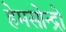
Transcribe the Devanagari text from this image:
हेमसोन्द्रो